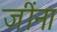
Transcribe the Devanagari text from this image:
जींना